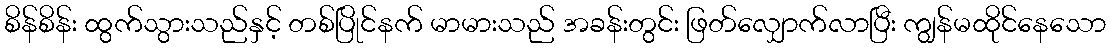
စိန်စိန်း ထွက်သွားသည်နှင့် တစ်ပြိုင်နက် မာမားသည် အခန်းတွင်း ဖြတ်လျှောက်လာပြီး ကျွန်မထိုင်နေသော